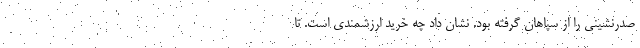
صدرنشینی را از سپاهان گرفته بود. نشان داد چه خرید ارزشمندی است. تا